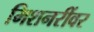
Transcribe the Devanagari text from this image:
मिशनरींवर